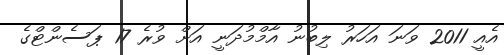
އެއީ 2011 ވަނަ އަހަރު ލިބުނު އާމްމުދަނީ އަށް ވުރެ 17 ޕަސެންޓްގެ